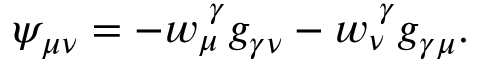
\psi _ { \mu \nu } = - w _ { \mu } ^ { \, \, \gamma } g _ { \gamma \nu } - w _ { \nu } ^ { \, \, \gamma } g _ { \gamma \mu } .